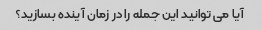
آیا می توانید این جمله را در زمان آینده بسازید؟